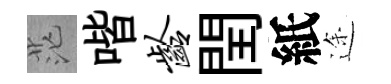
茫喈龄閏紙途